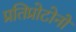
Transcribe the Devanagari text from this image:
प्रतिप्रोटोनों